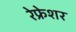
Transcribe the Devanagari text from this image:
रेफ्रेशर